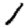
Digit: 1